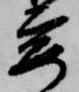
要